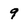
Character: 9